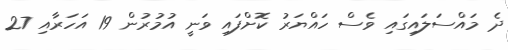
ދެ މައްސަލައިގައި ވެސް ހައްޔަރު ކޮށްފައި ވަނީ އުމުރުން 19 އަހަރާއި 27